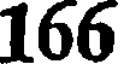
166